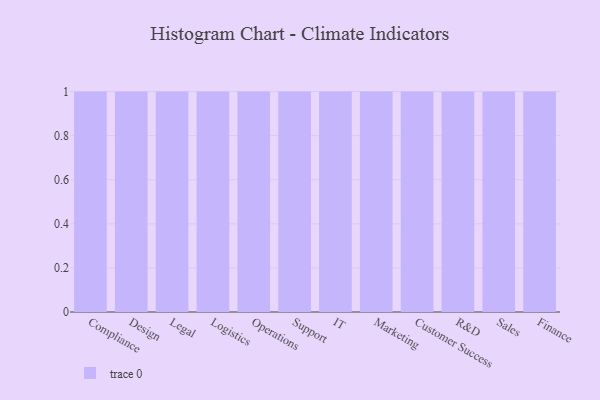
{"axis": {"x": "Department", "y": "Active Users"}, "legend": [""], "data": [{"x": "Compliance", "y": 49, "type": ""}, {"x": "Design", "y": 87, "type": ""}, {"x": "Legal", "y": 68, "type": ""}, {"x": "Logistics", "y": 74, "type": ""}, {"x": "Operations", "y": 69, "type": ""}, {"x": "Support", "y": 71, "type": ""}, {"x": "IT", "y": 39, "type": ""}, {"x": "Marketing", "y": 70, "type": ""}, {"x": "Customer Success", "y": 24, "type": ""}, {"x": "R&D", "y": 94, "type": ""}, {"x": "Sales", "y": 6, "type": ""}, {"x": "Finance", "y": 51, "type": ""}]}